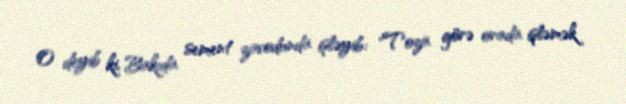
O deyib ki, Bakıda sement zavodunda işləyib: "Toza görə orada işləmək